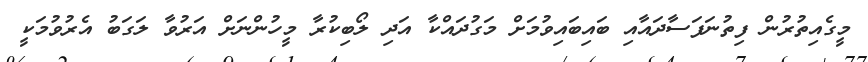
މީގެއިތުރުން ފިތުނަފަސާދައާއި ބައިބައިވުމަށް މަގުދައްކާ އަދި ލޯބިކުރާ މީހުންނަށް އަރުވާ ލަގަބު އެރުވުމަކީ